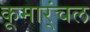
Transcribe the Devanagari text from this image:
कूमार्ंचल